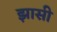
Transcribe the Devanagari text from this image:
झासी